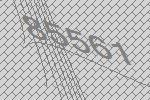
85561